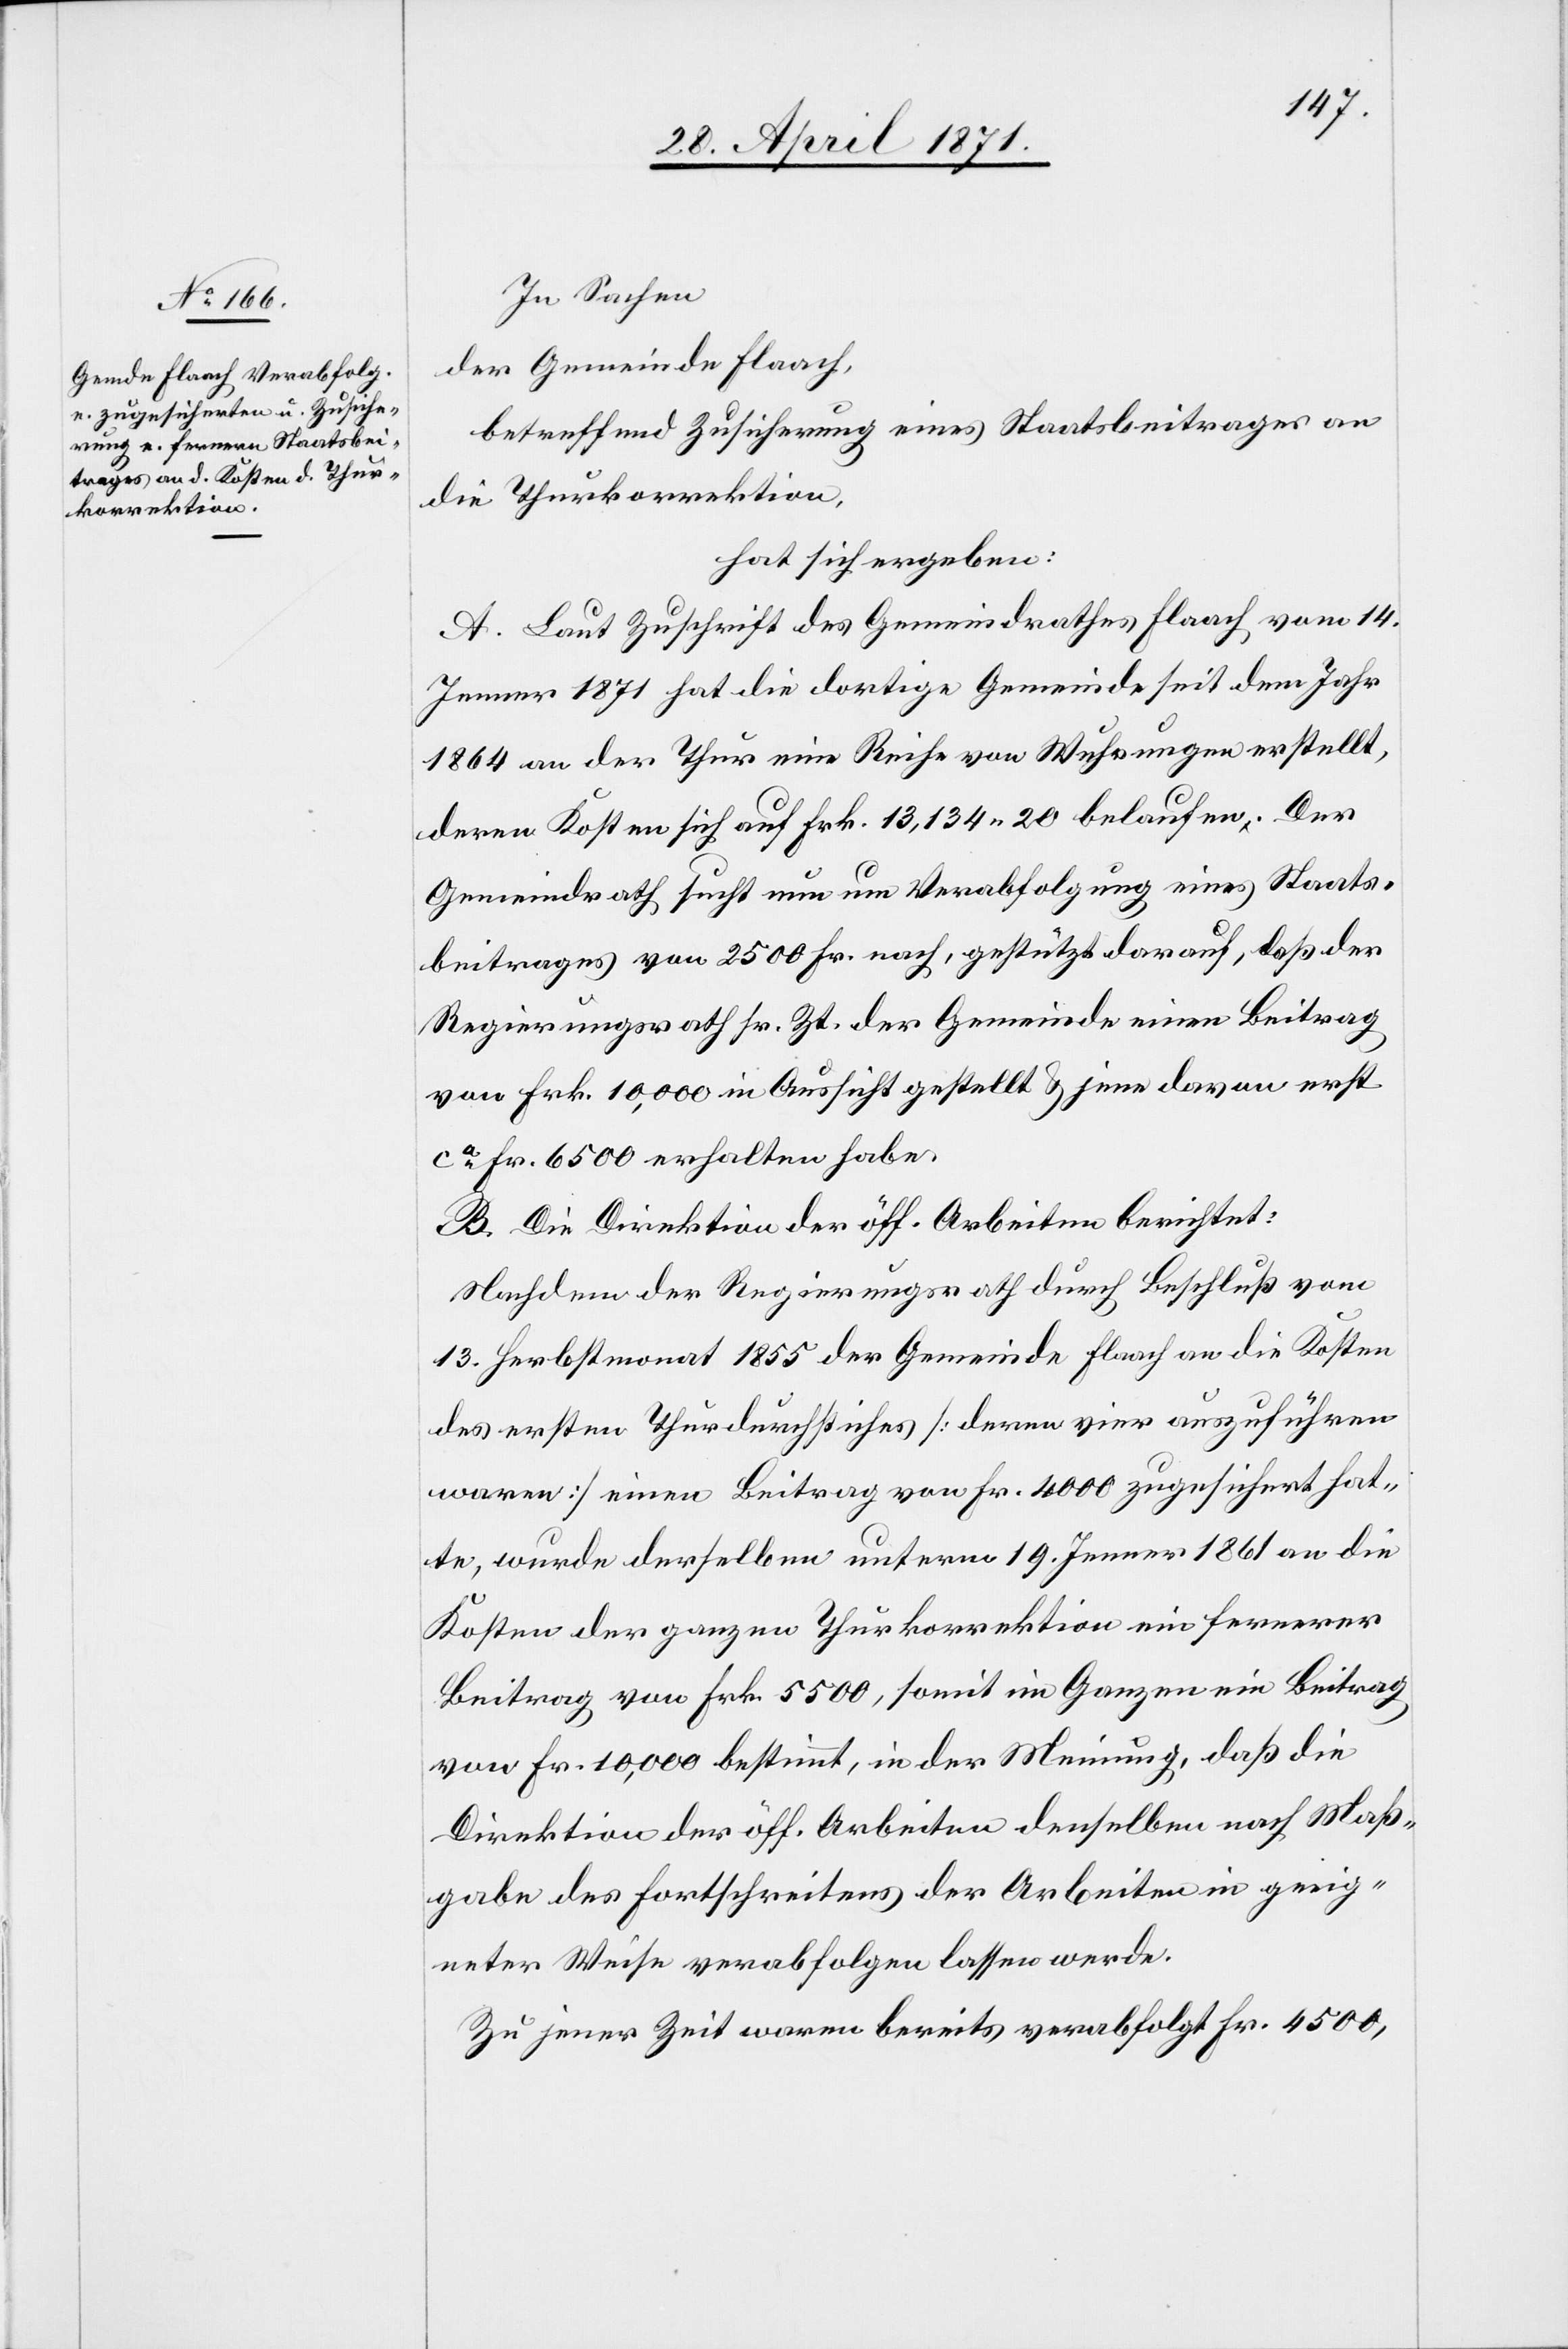
In Sachen
der Gemeinde Flaach,
betreffend Zusicherung eines Staatsbeitrages an
die Thurkorrektion,
hat sich ergeben:
A. Laut Zuschrift des Gemeindrathes Flaach vom 14.
Jenner 1871 hat die dortige Gemeinde seit dem Jahr
1864 an der Thur eine Reihe von Wuhrungen erstellt,
deren Kosten sich auf Frk. 13,134.20 belaufen. Der
Gemeindrath sucht nun um Verabfolgung eines Staats¬
beitrages von 2500 Fr. nach, gestützt darauf, daß der
Regierungsrath sr. Zt. der Gemeinde einen Beitrag
von Frk. 10,000 in Aussicht gestellt u. jene davon erst
ca. Fr. 6500 erhalten habe.
B. Die Direktion der öff. Arbeiten berichtet:
Nachdem der Regierungsrath durch Beschluß vom
13. Herbstmonat 1855 der Gemeinde Flaach an die Kosten
des ersten Thurdurchstiches [deren vier auszuführen
waren] einen Beitrag von Fr. 4000 zugesichert hat¬
te, wurde derselben unterm 19. Jenner 1861 an die
Kosten der ganzen Thurkorrektion ein fernerer
Beitrag von Frk. 5500, somit im Ganzen ein Beitrag
von Fr. 10,000 bestimmt, in der Meinung, daß die
Direktion der öff. Arbeiten denselben nach Maß¬
gabe des Fortschreitens der Arbeiten in geeig¬
neter Weise verabfolgen lassen werde.
Zu jener Zeit waren bereits verabfolgt Fr. 4500,